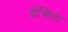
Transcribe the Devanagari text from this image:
ग्रेसिला